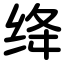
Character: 绛